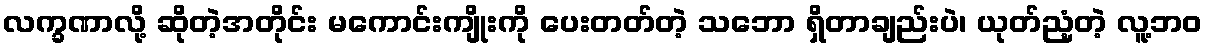
လက္ခဏာလို့ ဆိုတဲ့အတိုင်း မကောင်းကျိုးကို ပေးတတ်တဲ့ သဘော ရှိတာချည်းပဲ၊ ယုတ်ညံ့တဲ့ လူ့ဘဝ